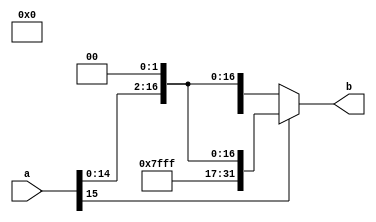
//////////////////////////////////////////////////////////////////////////////////
// 
// Project Name: Multi-cycle CPU with 54 Instructions Based on MIPS Architecture
//////////////////////////////////////////////////////////////////////////////////

`timescale 1ns / 1ps

module extend18 (
    input [15:0] a,
    output [31:0] b
    );

    assign b = (a[15] == 0) ? {14'b0, a, 2'b00} : {14'b11111111111111, a, 2'b00};
    
endmodule